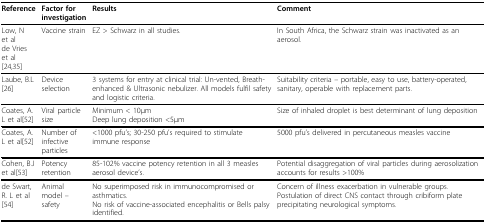
<table><thead><tr><td><b>Reference</b></td><td><b>Factor for investigation</b></td><td><b>Results</b></td><td><b>Comment</b></td></tr></thead><tbody><tr><td>Low, N et alde Vries et al [24,35]</td><td>Vaccine strain</td><td>EZ &gt; Schwarz in all studies.</td><td>In South Africa, the Schwarz strain was inactivated as an aerosol.</td></tr><tr><td>Laube, B.L [26]</td><td>Device selection</td><td>3 systems for entry at clinical trial: Un-vented, Breath-enhanced &amp; Ultrasonic nebulizer. All models fulfil safety and logistic criteria.</td><td>Suitability criteria – portable, easy to use, battery-operated, sanitary, operable with replacement parts.</td></tr><tr><td>Coates, A.L et al[52]</td><td>Viral particle size</td><td>Minimum &lt; 10μmDeep lung deposition &lt;5μm</td><td>Size of inhaled droplet is best determinant of lung deposition</td></tr><tr><td>Coates, A.L et al[52]</td><td>Number of infective particles</td><td>&lt;1000 pfu’s; 30-250 pfu’s required to stimulate immune response</td><td>5000 pfu’s delivered in percutaneous measles vaccine</td></tr><tr><td>Cohen, B.J et al[53]</td><td>Potency retention</td><td>85-102% vaccine potency retention in all 3 measles aerosol device’s.</td><td>Potential disaggregation of viral particles during aerosolization accounts for results &gt;100%</td></tr><tr><td>de Swart, R. L et al [54]</td><td>Animal model – safety</td><td>No superimposed risk in immunocompromised or asthmatics.No risk of vaccine-associated encephalitis or Bells palsy identified.</td><td>Concern of illness exacerbation in vulnerable groups. Postulation of direct CNS contact through cribiform plate precipitating neurological symptoms.</td></tr></tbody></table>